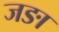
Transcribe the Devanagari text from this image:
जङा